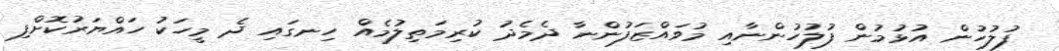
ފުލުހުން އުޅުމުން ފުލުހުންނާއި މުވައްޒަފުންނާ ދެމެދު ކުރިމަތިލުމެއް ހިނގައި ދެ މީހަކު ހައްޔަރުކޮށްފި